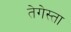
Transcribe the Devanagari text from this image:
तेगेस्ता